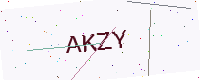
Text: AKZY